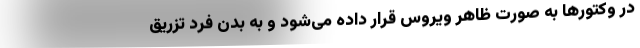
در وکتورها به صورت ظاهر ویروس قرار داده می‌شود و به بدن فرد تزریق